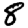
Digit: 8